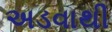
અડવાથી